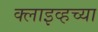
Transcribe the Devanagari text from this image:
क्लाइव्हच्या